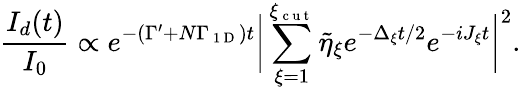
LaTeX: \frac{I_{d}(t)}{I_{0}}\propto e^{-(\Gamma^{\prime}+N\Gamma_{\mathrm{~1~D~}})t}\bigg|\sum_{\xi=1}^{\xi_{\mathrm{~c~u~t~}}}\tilde{\eta}_{\xi}e^{-\Delta_{\xi}t/2}e^{-iJ_{\xi}t}\bigg|^{2}.